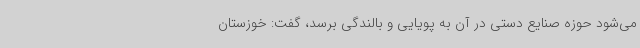
می‌شود حوزه صنایع دستی در آن به پویایی و بالندگی برسد، گفت: خوزستان